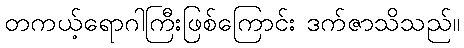
တကယ့်ရောဂါကြီးဖြစ်ကြောင်း ဒက်ဇာသိသည်။